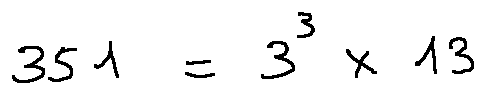
3 5 1 = 3 ^ { 3 } \times 1 3